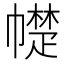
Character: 𰏠